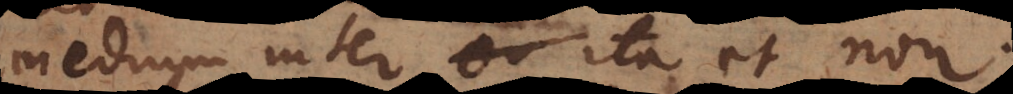
medium inter ita et non.